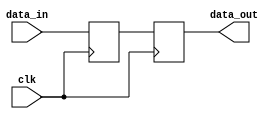
module bypass
	#(parameter RESOLUTION = 24)
	(
	input clk,
	input [RESOLUTION - 1:0]data_in,
	output reg[RESOLUTION - 1:0]data_out

);

reg [RESOLUTION - 1:0] data_hold;

always @(posedge clk)
	begin
		data_out <= data_hold;
		data_hold <= data_in;
	end
endmodule